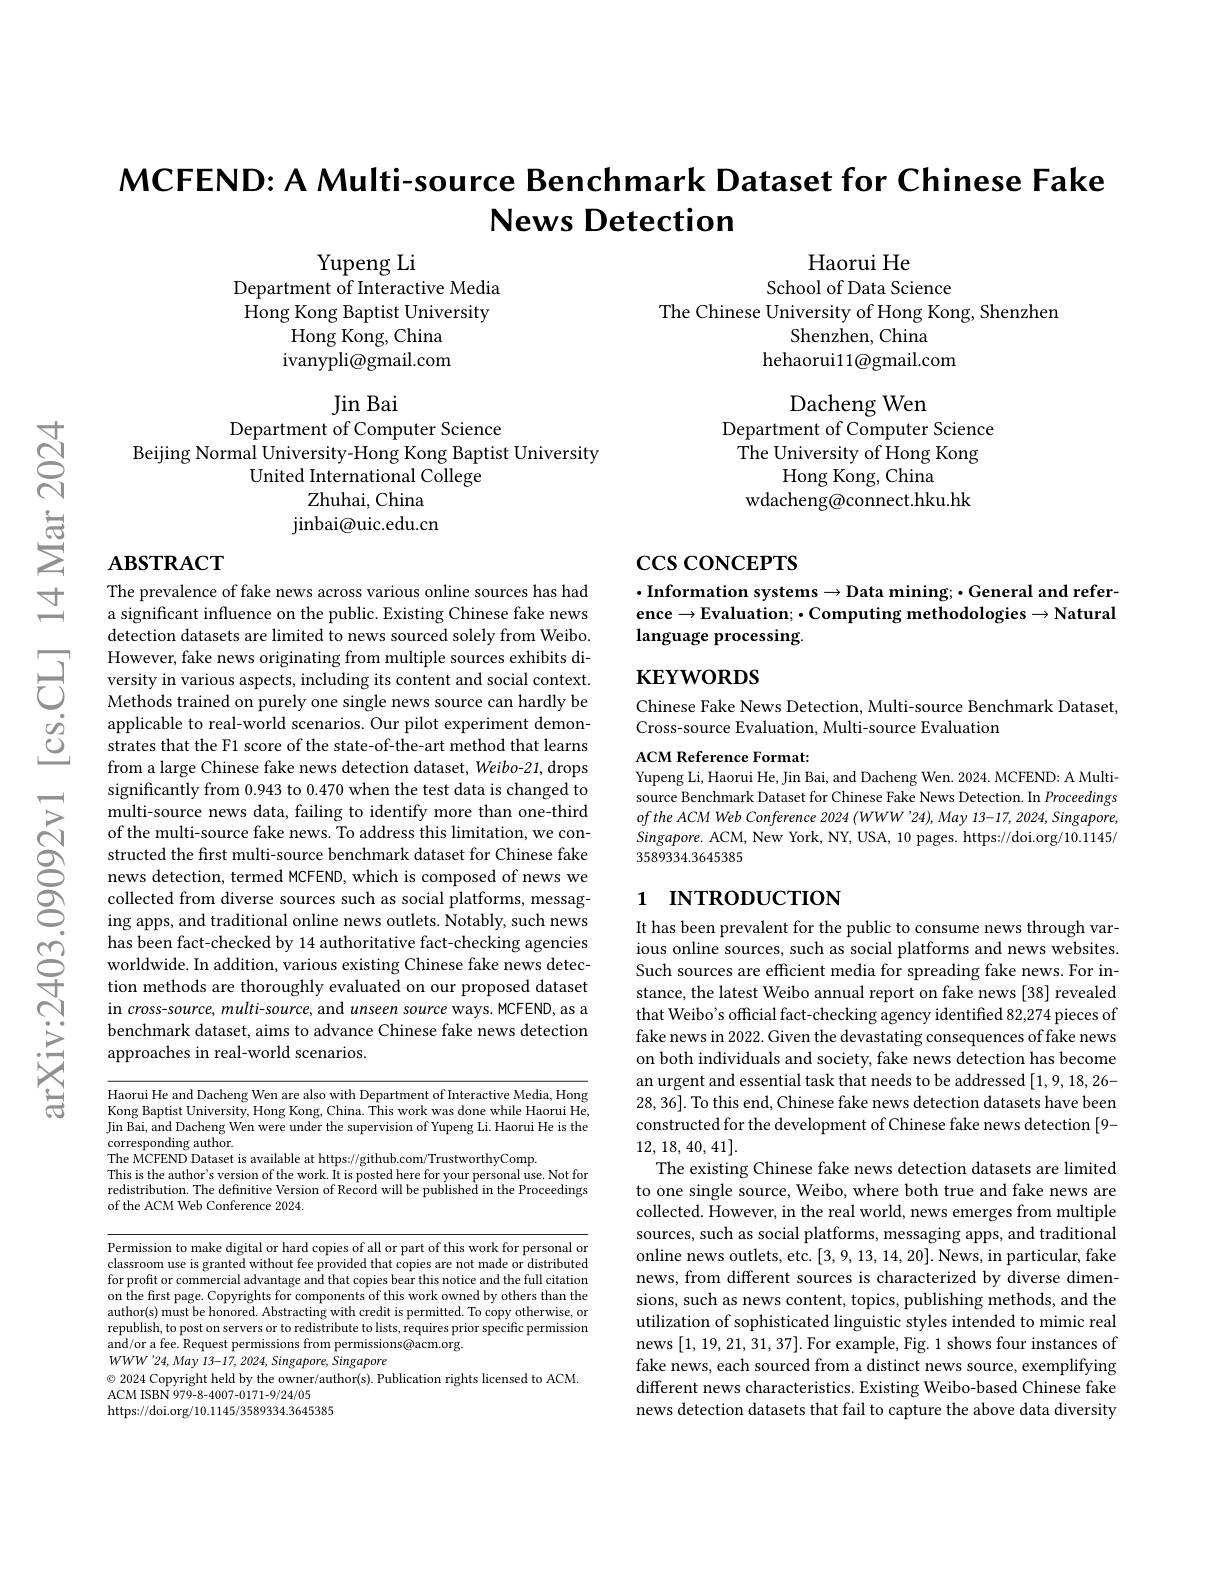
MCFEND: A Multi-source Benchmark Dataset for Chinese Fake
# News Detection

Yupeng Li
Department of Interactive Media Hong Kong Baptist University
${\mathrm{Hong~Kong,~China}}$ ivanypli@ gmail. com

Haorui He
School of Data Science
The Chinese University of Hong Kong, Shenzhen
Shenzhen, China
hehaorui11@gmail.com

Dacheng Wen
Department of Computer Science ${\hat{\mathrm{The~University~of~Hong~Kong}}}$
Hong Kong, China
wdacheng@connect.hku.hk

Jin Bai
Department of Computer Science
Beijing Normal University-Hong Kong Baptist University
United International College
Zhuhai, China jinbai@uic.edu.cn

## $\mathbf{ABSTRACT}$

# $\csc\cos$coNCEPTS

$\cdot$Information systems$\to$Data mining;$\bullet$General and reference$\to$Evaluation;$\bullet$Computing methodologies$\to$Natural language processing

# $\mathbf{KEYWORDS}$

Chinese Fake News Detection, Multi-source Benchmark Dataset,
Cross-source Evaluation, Multi-source Evaluation

ACM Reference Format:
Yupeng Li, Haorui He, Jin Bai, and Dacheng Wen. 2024. MCFEND: A Multisource Benchmark Dataset for Chinese Fake News Detection. In Proceedings oftheACMWeb Conference 2024 (WWW'24),May 13-17, 2024, Singapore, $Singapore.$ ACM, New York, NY, USA, 10 pages. https://doi.org/10.1145/ 3589334.3645385

The prevalence of fake news across various online sources has had a significant influence on the public. Existing Chinese fake news detection datasets are limited to news sourced solely from Weibo. However, fake news originating from multiple sources exhibits diversity in various aspects, including its content and social context. Methods trained on purely one single news source can hardly be applicable to real-world scenarios. Our pilot experiment demonstrates that the F1 score of the state-of-the-art method that learns from a large Chinese fake news detection dataset, Weibo-21, drops significantly from 0.943 to 0.470 when the test data is changed to multi-source news data, failing to identify more than one-third of the multi-source fake news. To address this limitation, we constructed the first multi-source benchmark dataset for Chinese fake news detection, termed MCFEND, which is composed of news we collected from diverse sources such as social platforms, messaging apps, and traditional online news outlets. Notably, such news has been fact-checked by 14 authoritative fact-checking agencies worldwide. In addition, various existing Chinese fake news detection methods are thoroughly evaluated on our proposed dataset in cross-source, multi-source, and unseen source ways. MCFEND, as a benchmark dataset, aims to advance Chinese fake news detection approaches in real-world scenarios.

# 1 INTRODUCTION

Haorui He and Dacheng Wen are also with Department of Interactive Media, Hong Kong Baptist University, Hong Kong, China. This work was done while Haorui He, Jin Bai, and Dacheng Wen were under the supervision of Yupeng Li. Haorui He is the corresponding author.
The MCFEND Dataset is available at https://github.com/TrustworthyComp.This istworthyConp. This istrion ork. Trede at for is is is is is is is is is is is is is is is is is pos it s pos tere for your personal use. Not forredistribution. The definiti
of the ACM Web Conference 2024.

It has been prevalent for the public to consume news through various online sources, such as social platforms and news websites. Such sources are efficient media for spreading fake news. For instance, the latest Weibo annual report on fake news [38] revealed that Weibo's official fact-checking agency identified 82,274 pieces of fake news in 2022. Given the devastating consequences of fake news on both individuals and society, fake news detection has become 28,36]. To this end, Chinese fake news detection datasets have been constructed for the development of Chinese fake news detection [9- 12, 18, 40, 41].
The existing Chinese fake news detection datasets are limited to one single source, Weibo, where both true and fake news are collected. However, in the real world, news emerges from multiple sources, such as social platforms, messaging apps, and traditional online news outlets, etc. [3,9,13,14,20]. News, in particular, fake news, from different sources is characterized by diverse dimensions, such as news content, topics, publishing methods, and the utilization of sophisticated linguistic styles intended to mimic real news [1,19,21,31,37]. For example, Fig. 1 shows four instances of fake news, each sourced from a distinct news source, exemplifying different news characteristics. Existing Weibo-based Chinese fake news detection datasets that fail to capture the above data diversity

Permission to make digital or hard copies of all or part of this work for personal or classroom use is granted without fee provided that copies are not made or distributed for profit or commercial advantage and that copies bear this notice and the full citation on the frst page. Copyrights for components of this work owned by others than the author(s) must be honored. Abstracting with credit is permitted. To copy otherwise, or republish, to post on servers or to redistribute to lists, requires prior specific permission and/or a fee. Request permissions from permissions@acm.org.
$WWW^{\prime }24, May$ 13-17, 2024, $Singapore$, Singapore
$\odot$ 2024 Copyright held by the owner/author(s). Publication rights licensed to ACM.
ACM ISBN 979-8-4007-0171-9/24/05
https://doi.org/10.1145/3589334.3645385